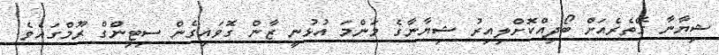
ޝިޔާނާ ގޭތެރެއަށް ބޯދިއްކޮށްލިއިރު ޝިޔާނާގެ މަންމަ އުޅުނީ ޒާން ގޮވައިގެން ސިޓިންގް ރޫމްގައެވެ.